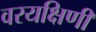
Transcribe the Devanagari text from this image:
वरयक्षिणी